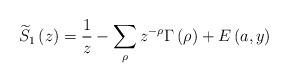
LaTeX: \begin{align*}\widetilde{S}_{1}\left(z\right)=\frac{1}{z}-\sum_{\rho}z^{-\rho}\Gamma\left(\rho\right)+E\left(a,y\right)\end{align*}